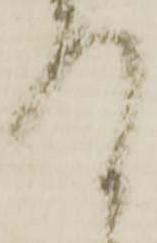
存